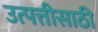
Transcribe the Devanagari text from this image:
उत्पत्तीसाठी